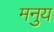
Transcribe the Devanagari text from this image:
मनुय